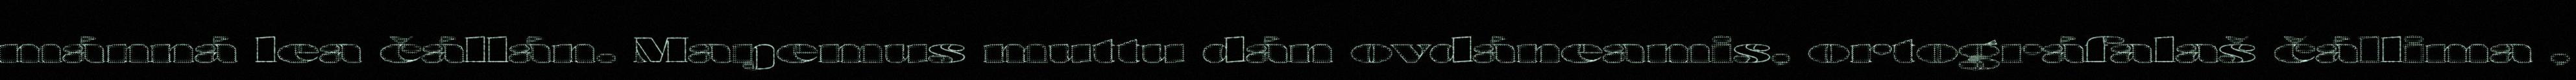
mánná lea čállán. Maŋemus muttu dán ovdáneamis, ortográfalaš čállima ,